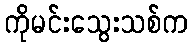
ကိုမင်းသွေးသစ်က